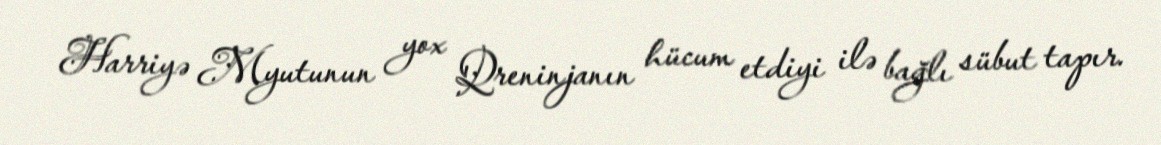
Harriyə Myutunun yox Qreninjanın hücum etdiyi ilə bağlı sübut tapır.